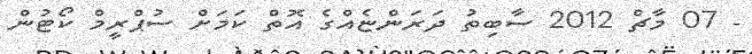
- 07 މާޗް 2012 ސާބިތު ދަރަންޏެއްގެ އޮތް ކަމަށް ސުޕްރީމް ކޯޓުން